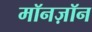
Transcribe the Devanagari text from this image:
मॉनज़ॉन